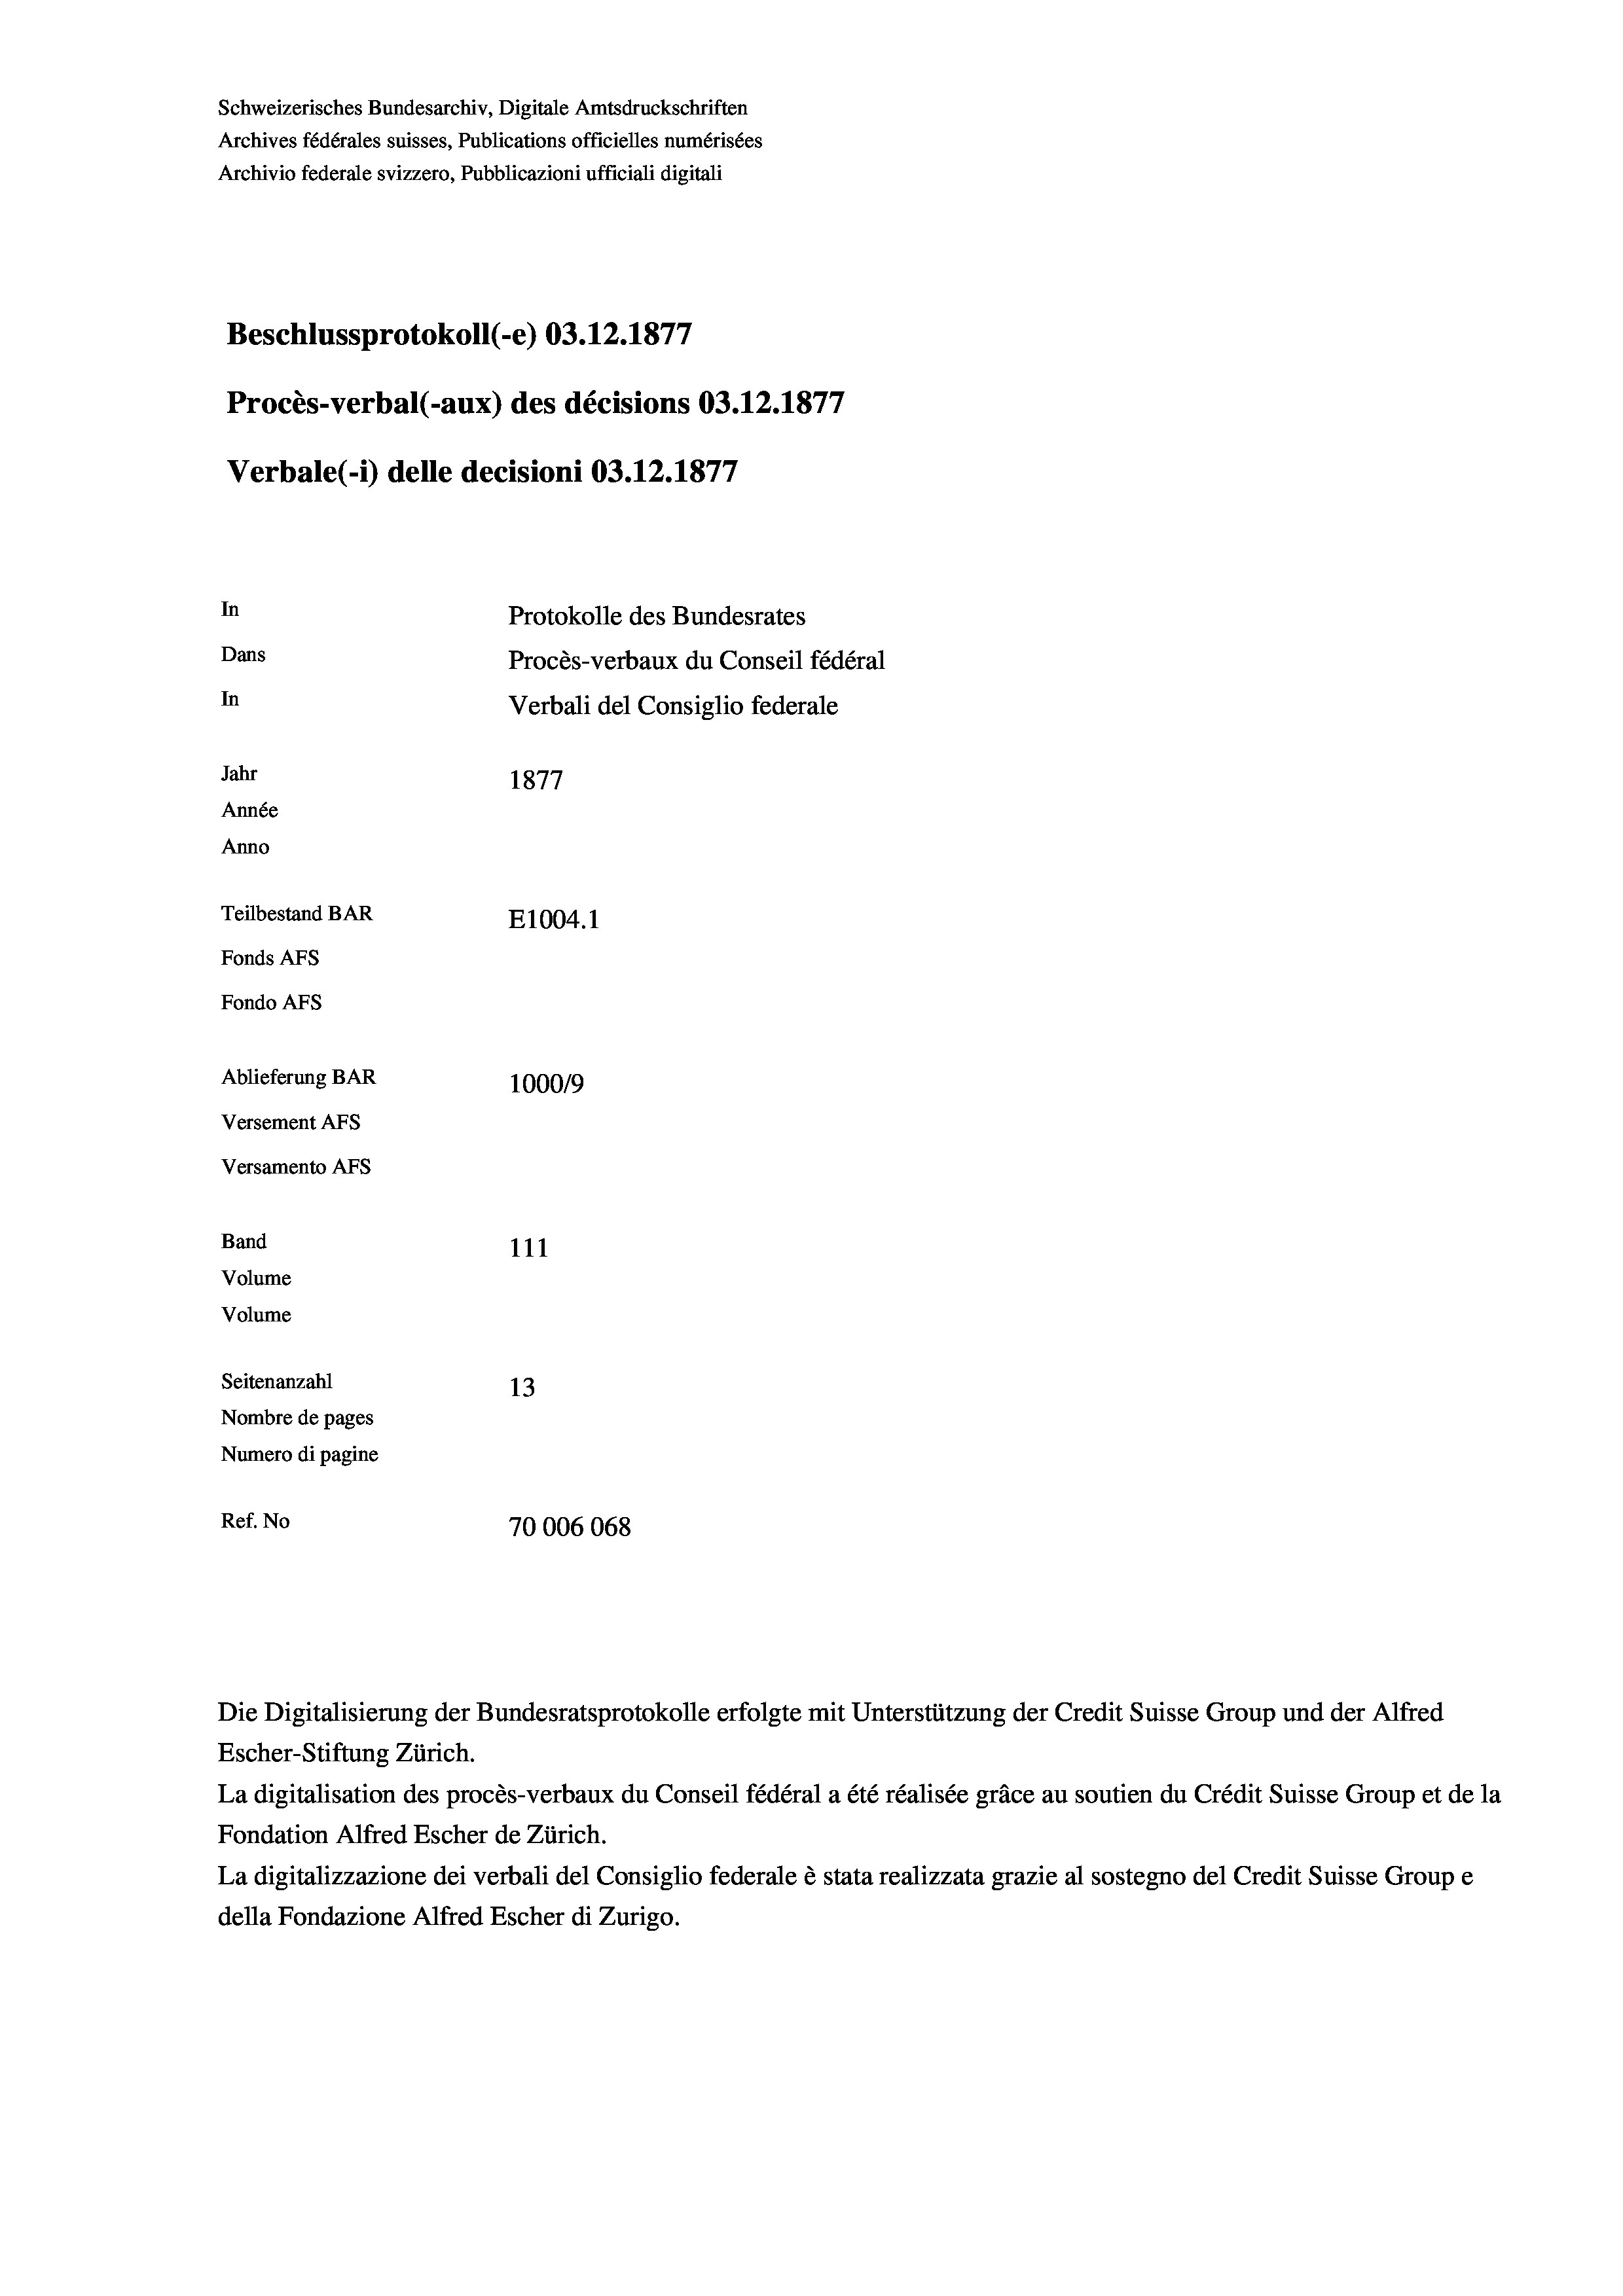
Schweizerisches Bundesarchiv, Digitale Amtsdruckschriften
Archives fédérales suisses, Publications officielles numérisées
Archivio federale svizzero, Pubblicazioni ufficiali digitali
77
Beschlussprotokoll (-e) 03.12.1877
77
Procès-verbal (-aux) des décisions 03.12.187
Verbale(- 1) delle decisioni 03.12.1877
In
Protokolle des Bundesrates
Dans
Procès-verbaux du Conseil fédéral
In
Verbali del Consiglio federale
Jahr
1877
Année
Anno
Teilbestand BAR
E1004. 1
Fonds Afs
Fondo AFs
Ablieferung BAR
100019
Versement AFS
Versamento Afs
Band
111
Volume
Volume

Seitenanzahl
13
Nombre de pages
Numero di pagine
Ref. No
70006068

Escher-Stiftung Zürich.
La digitalisation des procès-verbaux du Conseil fédéral a été réalisée gräce au soutien du Crédit Suisse Group et de la
Fondation Alfred Escher de Zürich.
La digitalizzazione dei verbali del Consiglio federale è stata realizzata grazie al sostegno del Credit Suisse Groupe
della Fondazione Alfred Escher di Zurigo.

Die Digitalisierung der Bundesratsprotokolle erfolgte mit Unterstützung der Credit Suisse Group und der Alfred